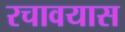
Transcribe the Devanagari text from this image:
रचावयास